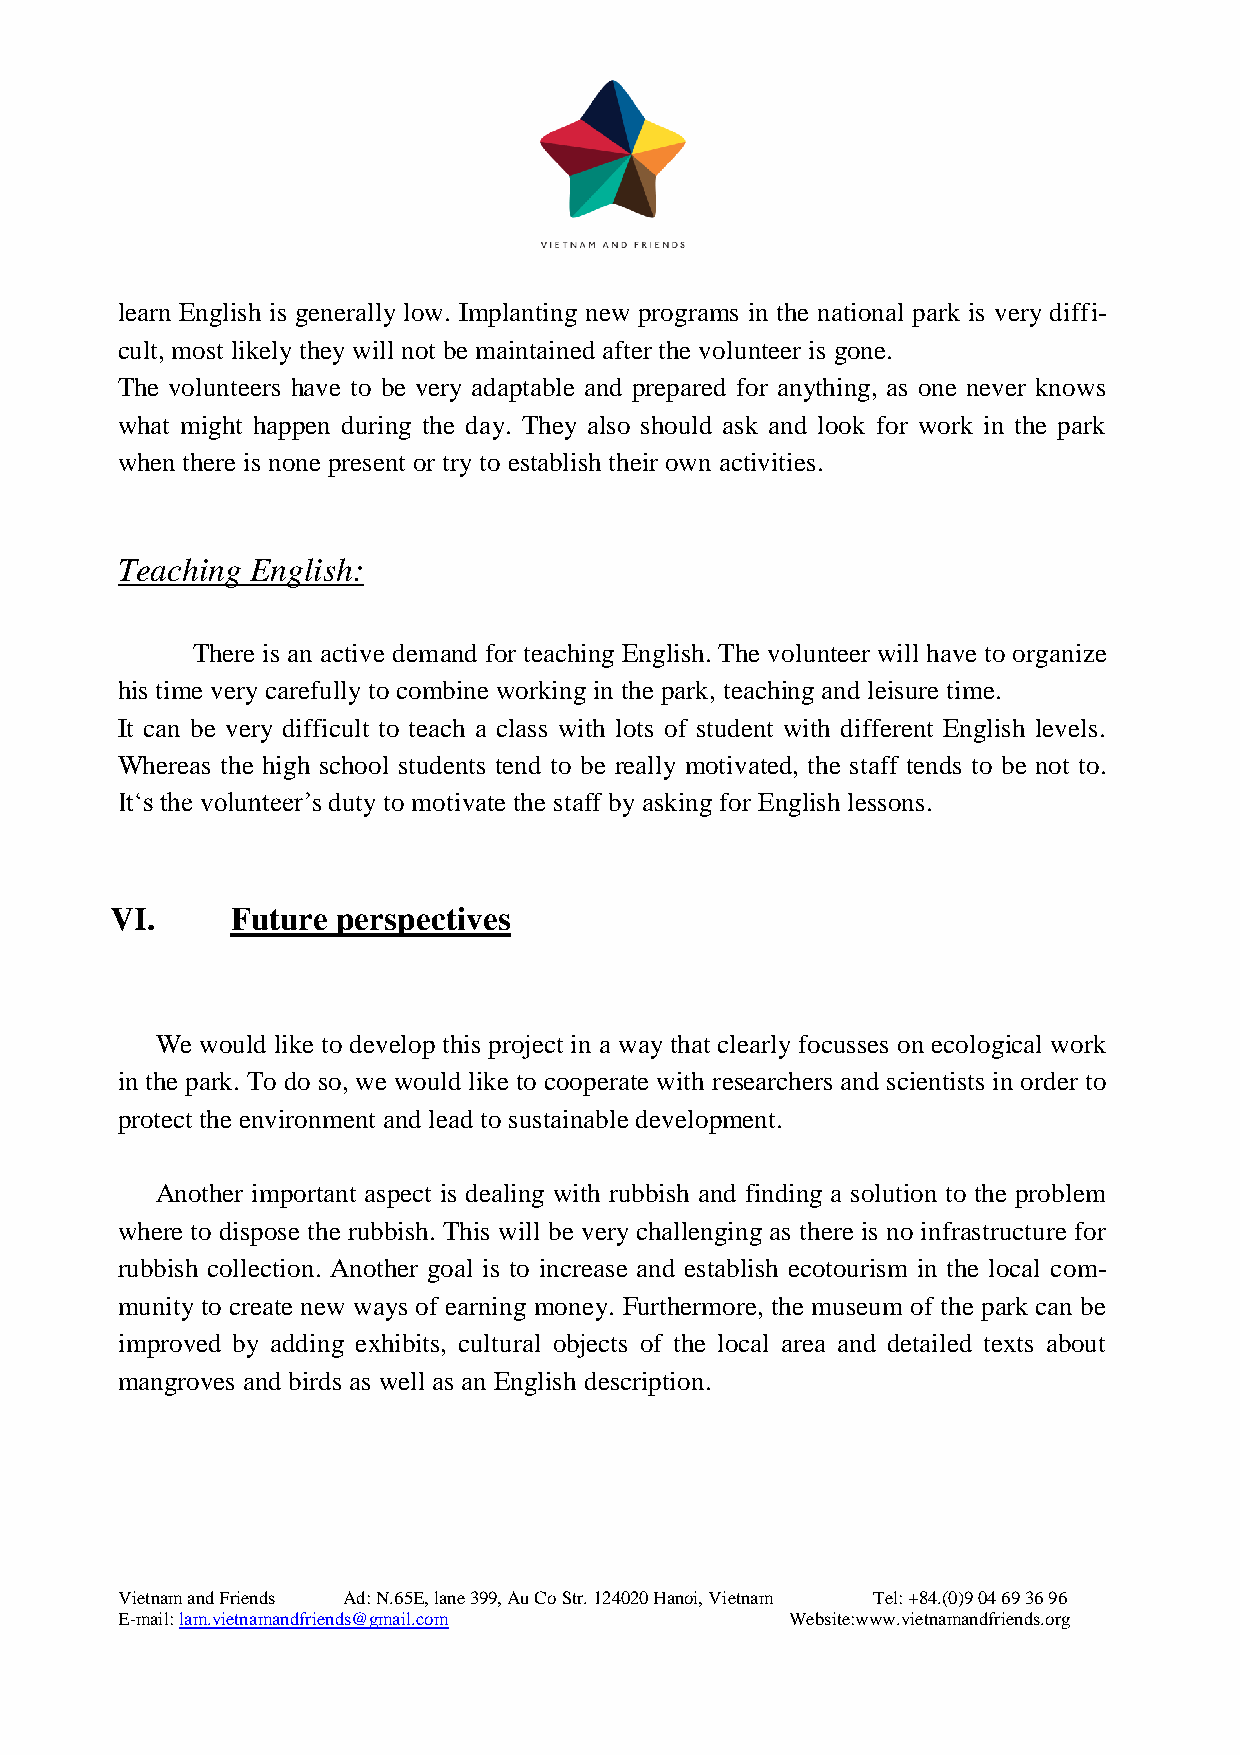
learn English is generally low. Implanting new programs in the national park is very diffi-
 cult, most likely they will not be maintained after the volunteer is gone.
 The volunteers have to be very adaptable and prepared for anything, as one never knows
 what might happen during the day. They also should ask and look for work in the park
 when there is none present or try to establish their own activities.
 Teaching English:
 There is an active demand for teaching English. The volunteer will have to organize
 his time very carefully to combine working in the park, teaching and leisure time.
 It can be very difficult to teach a class with lots of student with different English levels.
 Whereas the high school students tend to be really motivated, the staff tends to be not to.
 It‘s the volunteer’s duty to motivate the staff by asking for English lessons.
 VI.     Future perspectives
 We would like to develop this project in a way that clearly focusses on ecological work
 in the park. To do so, we would like to cooperate with researchers and scientists in order to
 protect the environment and lead to sustainable development.
 Another important aspect is dealing with rubbish and finding a solution to the problem
 where to dispose the rubbish. This will be very challenging as there is no infrastructure for
 rubbish collection. Another goal is to increase and establish ecotourism in the local com-
 munity to create new ways of earning money. Furthermore, the museum of the park can be
 improved by adding exhibits, cultural objects of the local area and detailed texts about
 mangroves and birds as well as an English description.
 Vietnam and Friends Ad: N.65E, lane 399, Au Co Str. 124020 Hanoi, Vietnam Tel: +84.(0)9 04 69 36 96
 E-mail: lam.vietnamandfriends@gmail.com     Website:www.vietnamandfriends.org